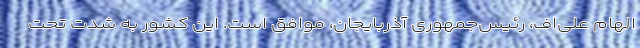
الهام علی‌اف، رئیس‌جمهوری آذربایجان، موافق است. این کشور به شدت تحت